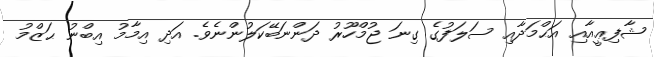
ޝާފިޢީއާއި އަޙްމަދާއި ސަލަފުގެ ގިނަ ޖުމްހޫރު ދަންނަބޭކަލުންނެވެ. އަދި އިމާމު އިބްނު ޙަޒްމު